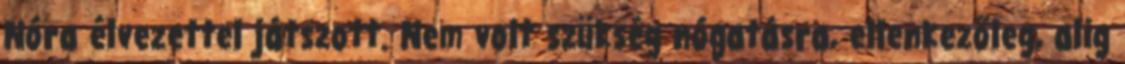
Nóra élvezettel játszott. Nem volt szükség nógatásra, ellenkezőleg, alig